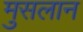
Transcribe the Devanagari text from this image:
मुसलान